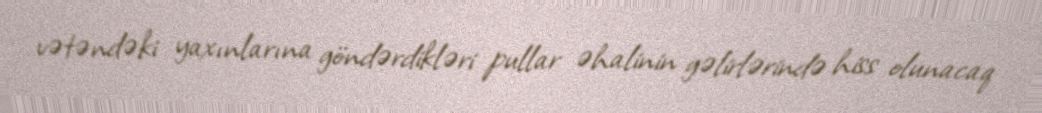
vətəndəki yaxınlarına göndərdikləri pullar əhalinin gəlirlərində hiss olunacaq